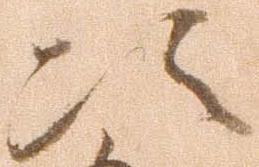
次